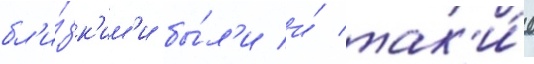
бл'и́зк'им'и бы́л'и и́ так'и́е